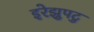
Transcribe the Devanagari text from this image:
इरेझुपटु